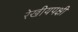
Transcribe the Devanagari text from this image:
रेखीयपक्षी